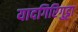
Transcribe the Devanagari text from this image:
यादगिरिगुट्टा